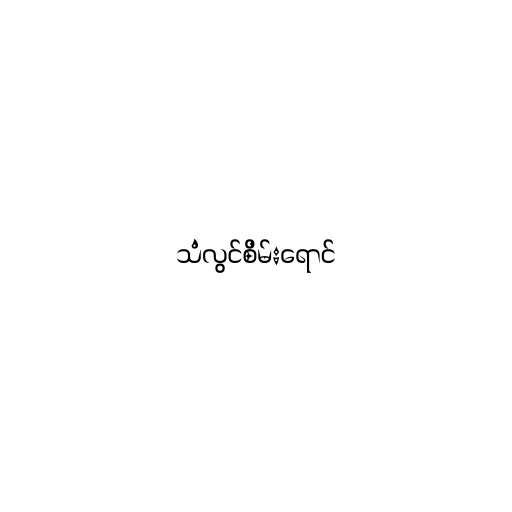
သံလွင်စိမ်းရောင်